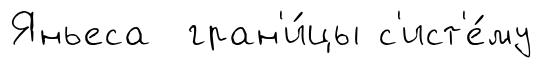
Яньеса гран'и́цы с'ист'е́му